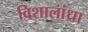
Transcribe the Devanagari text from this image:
विशालांध्रा